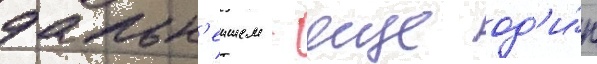
дальн'еишем - еще од'и́н